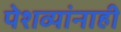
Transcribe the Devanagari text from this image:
पेशव्यांनाही